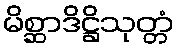
မိစ္ဆာဒိဋ္ဌိသုတ္တံ